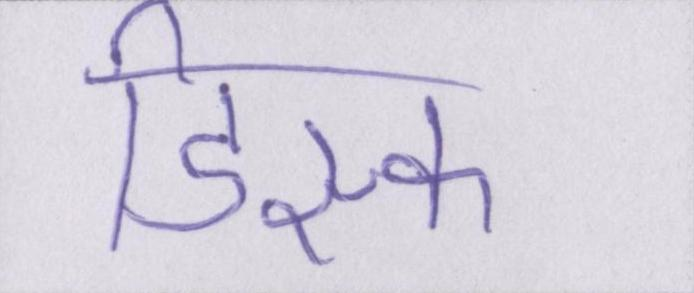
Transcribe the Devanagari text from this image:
डिस्क